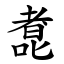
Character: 㗯